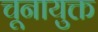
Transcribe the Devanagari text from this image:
चूनायुक्त